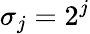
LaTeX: \sigma_{j}=2^{j}